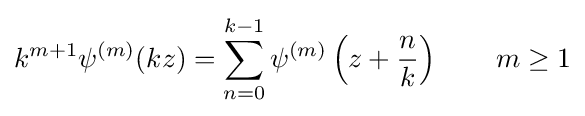
k^{m+1}\psi ^{(m)}(kz)=\sum _{n=0}^{k-1}\psi ^{(m)}\left(z+{\frac {n}{k}}\right)\qquad m\geq 1